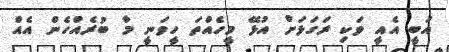
އަބީ އެއީ ވަކި ރަގަޅަށް އުޅޭ މީހެއްތަ ހީވަނީ މާ ބުރެއްހެން އެއް